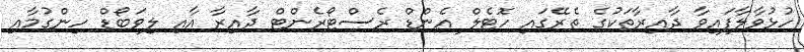
ހުޅުވާލާފައިވާ ދާއިރާތަކުގެ ތެރޭގައި ހޮޓެލް އެންޑް ރެސްޓޯރެންޓް ދާއިރާ އާއި ލިވަބޯޑް ހިންގުމާއި